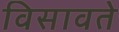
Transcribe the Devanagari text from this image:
विसावते